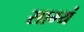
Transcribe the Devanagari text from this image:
साम्यं